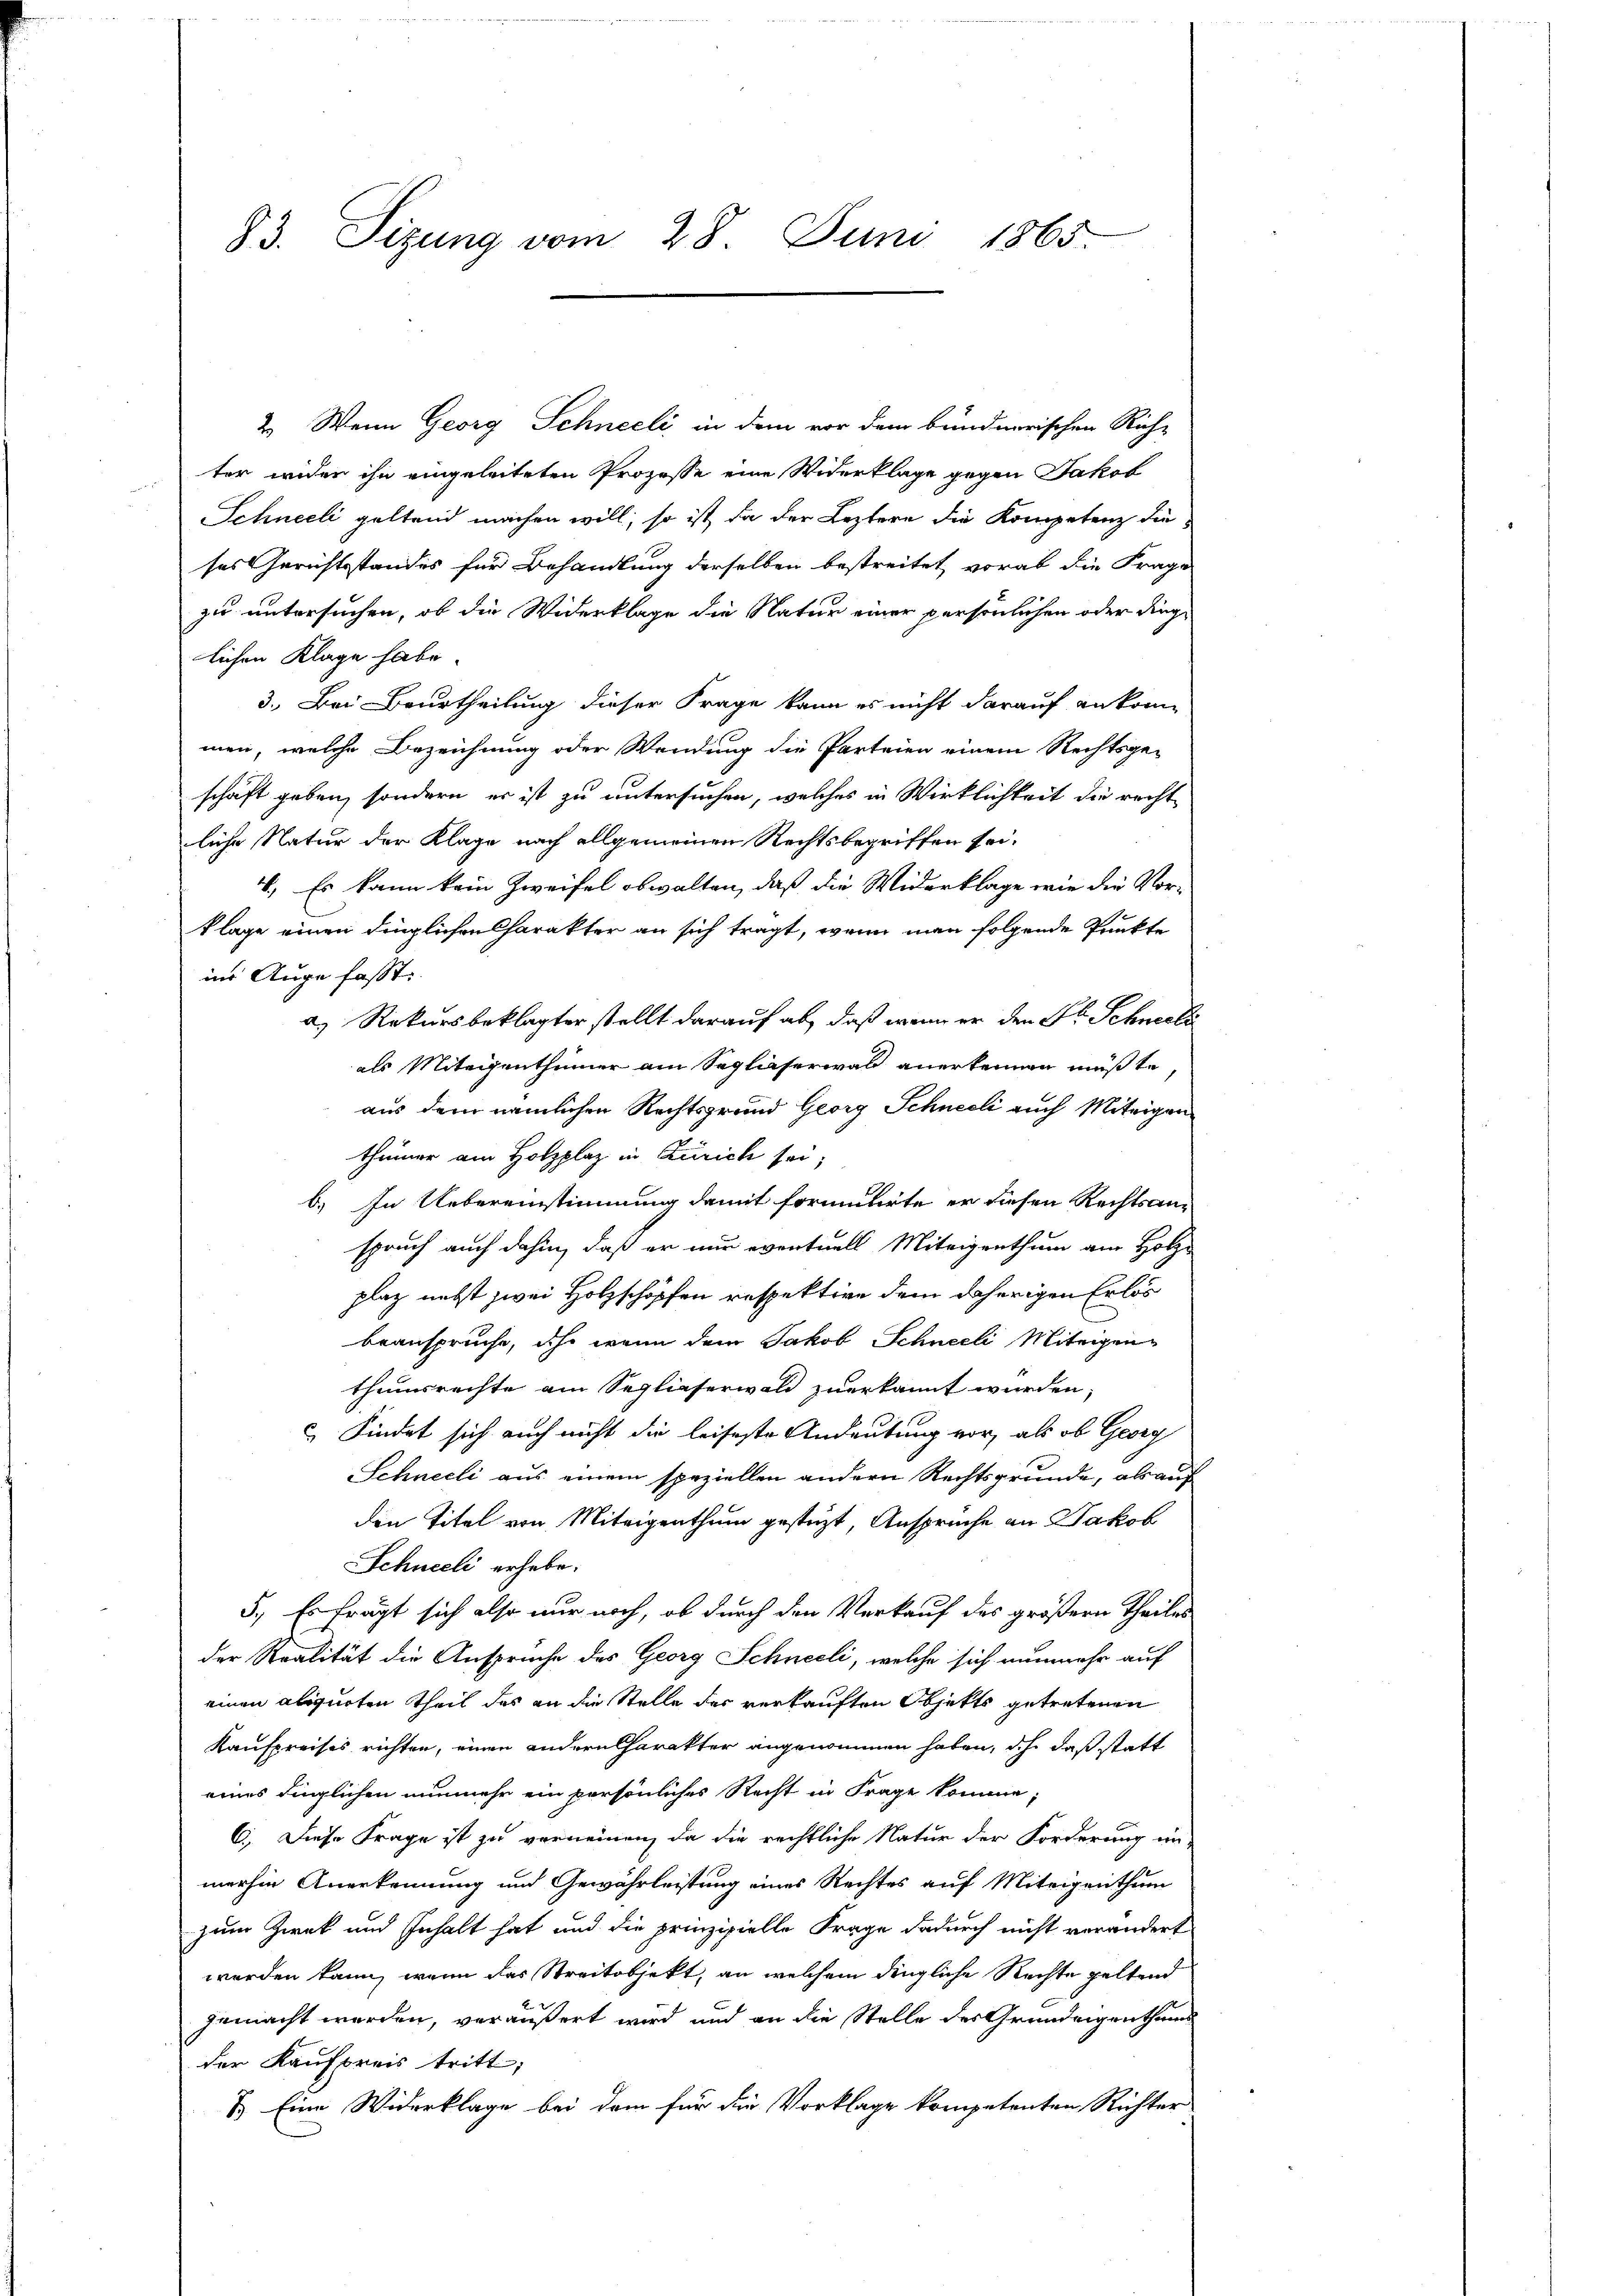
83. Sitzung vom 28. Juni 1865.

2.) Wenn Georg Schneeli in dem vor dem bundnerischen Rich-
ter wider ihn eingeleiteten Prozesse eine Widerklage gegen Jakob
Schneeli geltend machen will, so ist da der Leztere die Kompetenz dieses Gerichtsstandes für Behandlung derselben bestreitet, vorab die Frage
zu untersuchen, ob die Widerklage die Natur einer persönlichen oder dinge
lichen Klage habe.
3. Bei Beurtheilung dieser Frage kann es nicht darauf ankommen, welche Bezeichnung oder Wendung die Parteien einem Rechtsge-
schaft geben, sondern er ist zu untersuchen, welches in Wirklichkeit die recht
liche Natur der Klage nach allgemeinen Rechtsbegriffen sei.
4. Es kann kein Zweifel obwalten, daß die Widerklage wie die Vor-
klage einen dinglichen Charakter an sich tragt, wenn man folgende Punkte
ins Auge fasst:
a. Rekursbeklagter stellt darauf ab, daß wenn er den Fr. Schneele
als Miteigenthümer am Sogliaserwald anerkennen müßte,
aus dem nämlichen Rechtsgrund Georg Schneeli auch Miteigen
thümer am Holzplaz in Zürich sei;
b. In Uebereinstimmung damit formulirte er diesen Rechtsanspruch auch dahin, daß er nur eventuell Miteigenthum am Holz-
plaz nebst zwei Holzschöpfen respektive dem daherigen Erlös
beanspruche, ihr wenn dem Jakob Schneeli Miteigen-
thumsrechte am Seplieserwald zuerkannt wurden.
 Findet sich auch nicht die leiseste Andeutung vor, als ob Georg
Schneeli aus einem speziellen andern Rechtsgrunde, als auf
den Titel von Miteigenthum gestüzt, Ansprüche an Jakob
Schneeli erhebe.
5., Es fragt sich also nur noch, ob durch den Verkauf des größern Theiles
der Stralität die Anspruche des Georg Schneeli, welche sich nunmehr auf
einen aliquoten Theil des an die Stelle des verkauften Objekts getretenen
Kaufpreises richten, einen andern Charakter angenommen haben, ich, daß statt
eines dinglichen nunmehr ein persönliches Recht in Frage komme;
C. Diese Frage ist zu verneinen, da die rechtliche Natur der Forderung un-
merhin Anerkennung und Gewährleistung eines Rechtes auf Miteigenthum
zum Zweck und Inhalt hat und die prinzipielle Frage dadurch nicht verändert
werden kann, wenn das Streitobjekt, an welchem dingliche Rechte geltend
gemacht werden, veräußert wird und an die Stelle des Grundeigenthums
der Kaufpreis tritt;
1.) Eine Widerklage bei dem für die Vorklage kompetenten Richter